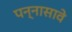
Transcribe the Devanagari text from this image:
पन्नासावे